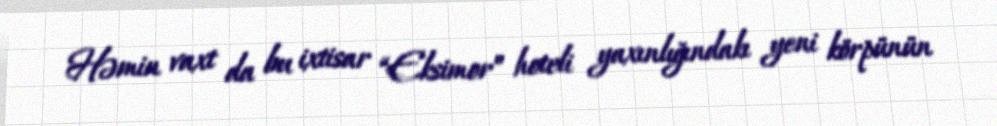
Həmin vaxt da bu ixtisar “Eksimor” hoteli yaxınlığındakı yeni körpünün